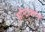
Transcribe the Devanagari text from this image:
सॉन्टाक्लोज़